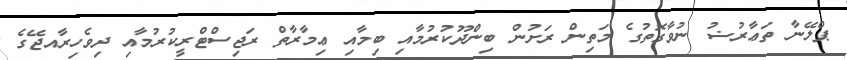
ޕްލޭނާ ތަޢާރުޟު ނުވާގޮތުގެ މަތިން ރަށުން ބިންދޫކުރުމާއި ބިމާއި ޢިމާރާތް ރަޖިސްޓްރީކުރުމާއި ދިވެހިރާއޖޭގެ